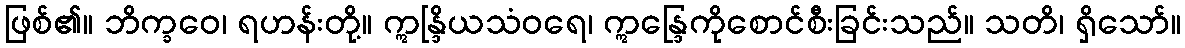
ဖြစ်၏။ ဘိက္ခဝေ၊ ရဟန်းတို့။ ဣန္ဒြိယသံဝရေ၊ ဣန္ဒြေကိုစောင်စီးခြင်းသည်။ သတိ၊ ရှိသော်။